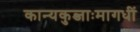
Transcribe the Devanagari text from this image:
कान्यकुब्जाःमागधीं